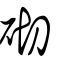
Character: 砌